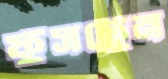
ফুঁসছেন